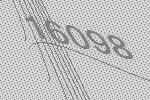
16098